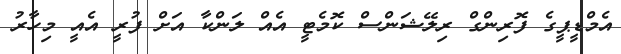
އެމްޑީޕީގެ ފޮރިންގް ރިލޭޝަންސް ކޮމެޓީ އެއް ލަންކާ އަށް ފުރީ އެއީ މިހާރު